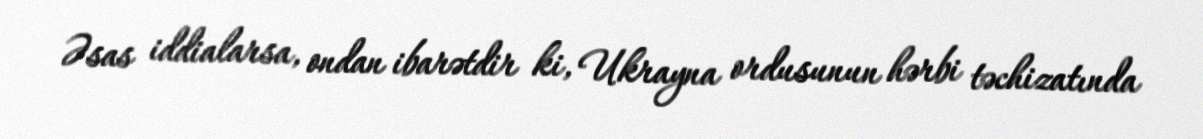
Əsas iddialarsa, ondan ibarətdir ki, Ukrayna ordusunun hərbi təchizatında